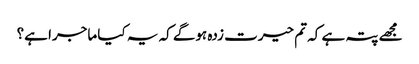
مجھے پتہ ہے کہ تم حیرت زدہ ہوگے کہ یہ کیا ماجرا ہے؟